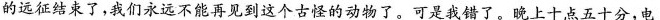
的远征结束了，我们永远不能再见到这个古怪的动物了。可是我错了。晚上十点五十分，电